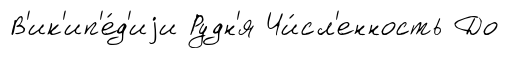
В'ик'ип'е́д'иjи Рудн'я Чи́сл'енность До